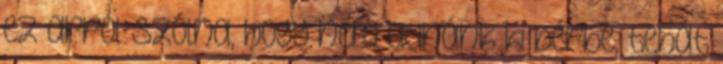
ez arról szólna, hogy nem adnánk ki bérbe, tehát